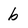
Character: b